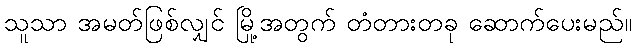
သူသာ အမတ်ဖြစ်လျှင် မြို့အတွက် တံတားတခု ဆောက်ပေးမည်။